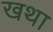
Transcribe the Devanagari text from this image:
खथा